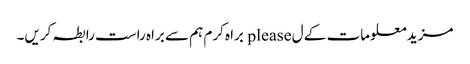
مزید معلومات کے ل please براہ کرم ہم سے براہ راست رابطہ کریں۔